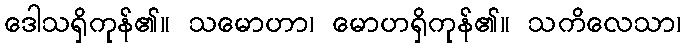
ဒေါသရှိကုန်၏။ သမောဟာ၊ မောဟရှိကုန်၏။ သကိလေသာ၊